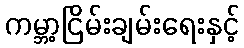
ကမ္ဘာ့ငြိမ်းချမ်းရေးနှင့်